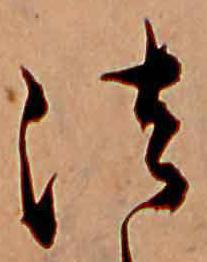
法